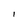
Character: I